Vaccination Hyderabad 1890-1903 - 1890-1903
Year: 1890
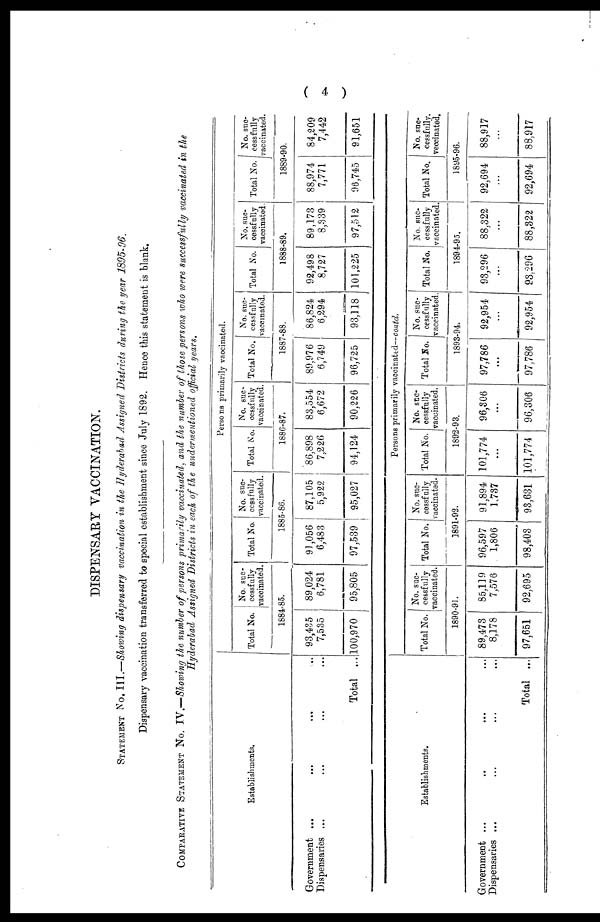
( 4 )
DISPENSARY VACCINATION.
STATEMENT No. III.—Showing dispensary vaccination in the Hyderabad Assigned Districts during the year 1895-96.
Dispensary vaccination transferred to special establishment since July 1892. Hence this statement is blank.
COMPARATIVE STATEMENT No. IV.—Showing the number of persons primarily vaccinated, and the number of those persons who were successfully vaccinated in the
Hyderabad Assigned Districts in each of the undermentioned official years.
Establishments.
Government ... ... ... ...
Dispensaries ... ... ... ...
Total ...
Persons primarily vaccinated.
Total No.
No. suc-
cessfully
vaccinated.
1884-85.
93,435
7,535
100,970
89,024
6,781
95,805
Total No.
No. suc-
cessfully
vaccinated.
1885-86.
91,056
6,483
97,539
87,105
5,922
95,027
Total No.
No. suc-
cessfully
vaccinated.
1886-87.
86,898
7,226
94,124
83,554
6,672
90,226
Total No.
No. suc-
cessfully
vaccinated.
1887-88.
89,976
6,749
96,725
86,824
6,294
93,118
Total No.
No. suc-
cessfully
vaccinated.
1888-89.
92,498
8,727
101,225
89,173
8,339
97,512
Total No.
No. suc-
cessfully
vaccinated.
1889-90.
88,974
7,771
96,745
84,209
7,442
91,651
Establishments.
Government ... ... ... ...
Dispensaries ... ... ... ...
Total ...
Persons primarily vaccinated—contd.
Total No.
No. suc-
cessfully
vaccinated.
1890-91.
89,473
8,178
97,651
85,119
7,576
92,695
Total No.
No. suc-
cessfully
vaccinated.
1891-92.
96,597
1,806
98,403
91,894
1,737
93,631
Total No.
No. suc-
cessfully
vaccinated.
1892-93.
101,774
...
101,774
96,306
...
96,306
Total No.
No. suc-
cessfully
vaccinated.
1893-94.
97,786
...
97,786
92,954
...
92,954
Total No.
No. suc-
cessfully
vaccinated.
1894-95.
93,296
...
93,296
88,322
...
88,322
Total No.
No. suc-
cessfully.
veccinated.
1895-96.
92,694
...
92,694
88,917
...
88,917